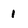
Character: i